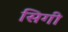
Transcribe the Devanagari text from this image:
सिगी